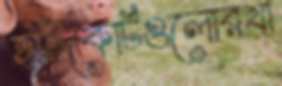
হাইকোর্টগুলোরখা